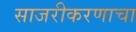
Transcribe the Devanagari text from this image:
साजरीकरणाचा